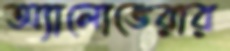
অ্যালোভেরার